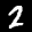
Label: 2